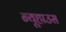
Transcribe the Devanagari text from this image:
न्यूहाउस